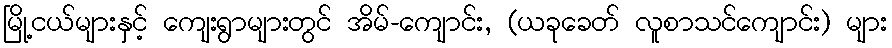
မြို့ငယ်များနှင့် ကျေးရွာများတွင် အိမ်-ကျောင်း, (ယခုခေတ် လူစာသင်ကျောင်း) များ